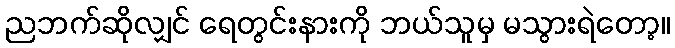
ညဘက်ဆိုလျှင် ရေတွင်းနားကို ဘယ်သူမှ မသွားရဲတော့။